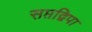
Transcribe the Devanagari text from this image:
सप्तद्विपा